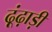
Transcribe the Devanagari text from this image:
ढ़ूंढ़ाड़ी